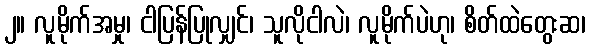
၂။ လူမိုက်အမှု၊ ငါပြန်ပြုလျှင်၊ သူလိုငါလဲ၊ လူမိုက်ပဲဟု၊ စိတ်ထဲတွေးဆ၊